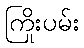
ကြိုးပမ်း